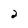
Character: 2